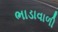
ભાડાવાળી